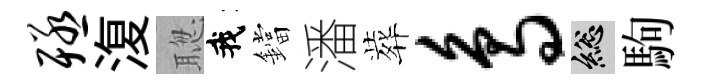
殛𣸪聦我鐺潘葬鸟總駒